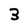
Character: 3